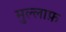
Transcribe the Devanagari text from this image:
मुल्लाफ़